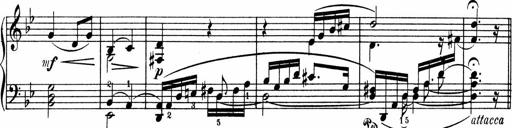
Title: 3 Sonatinen fÃ¼r Pianoforte
Composer: Fritz von Bose